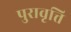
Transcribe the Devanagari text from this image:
पुरावृत्ति